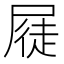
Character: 𭕫